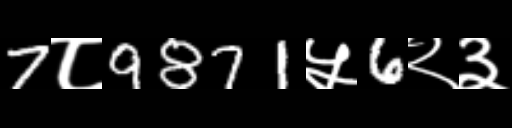
Text: 7८9871५6२३